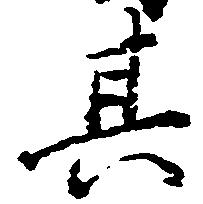
其